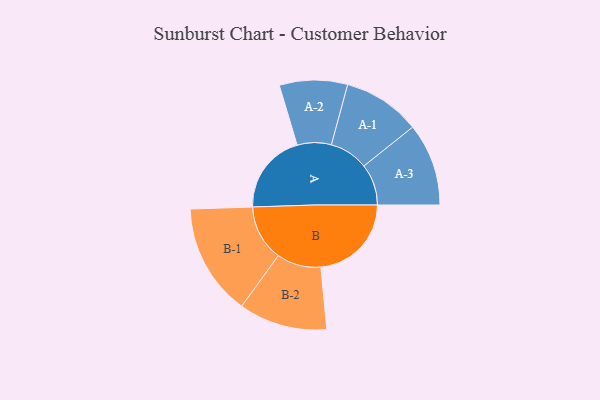
{"axis": {"x": "Segment", "y": "Value"}, "legend": ["", "A", "B"], "data": [{"x": "A", "y": 386, "type": ""}, {"x": "B", "y": 434, "type": ""}, {"x": "A-1", "y": 186, "type": "A"}, {"x": "A-2", "y": 163, "type": "A"}, {"x": "A-3", "y": 198, "type": "A"}, {"x": "B-1", "y": 268, "type": "B"}, {"x": "B-2", "y": 212, "type": "B"}]}